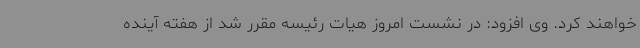
خواهند کرد. وی افزود: در نشست امروز هیات رئیسه مقرر شد از هفته آینده